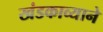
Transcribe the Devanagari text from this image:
खंडकाव्याने